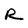
Character: R